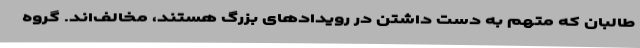
طالبان که متهم به دست داشتن در رویدادهای بزرگ هستند، مخالف‌اند. گروه